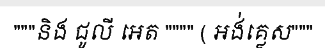
"""និង ជូលី អេត """" ( អង់គ្លេស"""